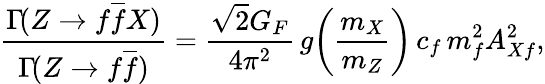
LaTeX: \frac{\Gamma\! (Z\to f\overline{{{f}}}X)}{\Gamma\! (Z\to f\overline{{{f}}})}=\frac{\sqrt{2}G_{F}}{4\pi^{2}}\, g\! \left(\frac{m_{X}}{m_{Z}}\right)\, c_{f}\, m_{f}^{2}A_{Xf}^{2},